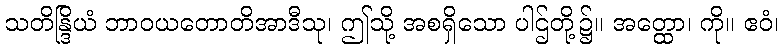
သတိန္ဒြိယံ ဘာဝယတောတိအာဒီသု၊ ဤသို့ အစရှိသော ပါဌ်တို့၌။ အတ္ထော၊ ကို။ ဧဝံ၊